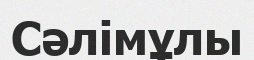
Сәлімұлы